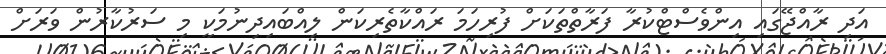
އަދި ރާއްޖޭގައި އިންވެސްޓްކުރާ ފަރާތްތަކަށް ފުރިހަމަ ރައްކާތެރިކަން ލިއްބައިދިނުމަކީ މި ސަރުކާރުން ވަރަށް